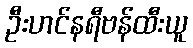
ဦးဟင်နရီဗန်ထီးယူ